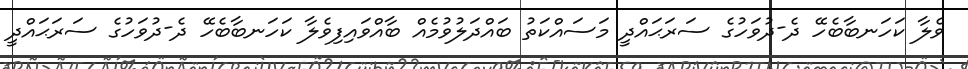
ވެލާ ކަހަނބާބެހޭ ދެ-ދުވަހުގެ ސަރަޙައްދީ މަސައްކަތު ބައްދަލުވުމެއް ބާއްވައިފިވެލާ ކަހަނބާބެހޭ ދެ-ދުވަހުގެ ސަރަޙައްދީ